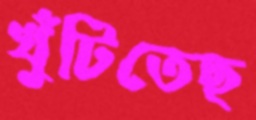
খুঁটিতেছ